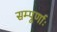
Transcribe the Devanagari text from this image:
सम्पूर्णाः